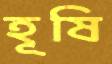
হূষি